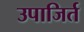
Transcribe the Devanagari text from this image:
उपाजिर्त